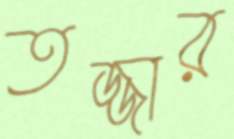
তজ্জার